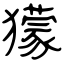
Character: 獴